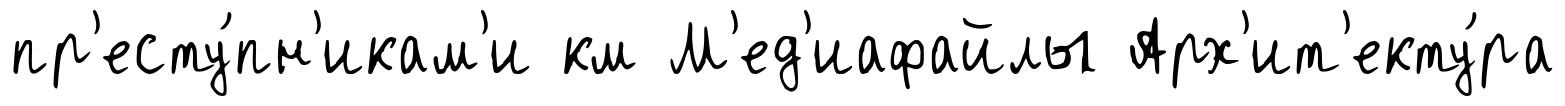
пр'есту́пн'икам'и км М'ед'иафайлы Арх'ит'екту́ра